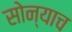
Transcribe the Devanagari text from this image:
सोन्याच